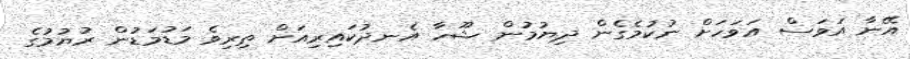
އޭނާ އަވަސް އަވަހަށް ނުކުމެގެން ދިޔުމުން ޝޫހާ އެނދުކައިރިއަށް ތިރިވެ މަޑުމަޑުން ރުޔުމުގެ